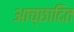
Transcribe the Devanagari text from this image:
आच्‍छादित